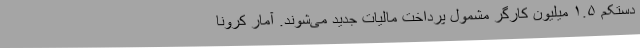
دستکم ۱.۵ میلیون کارگر مشمول پرداخت مالیات جدید می‌شوند. آمار کرونا